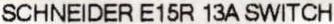
SCHNEIDER E15R 13A SWITCH